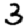
Digit: 3